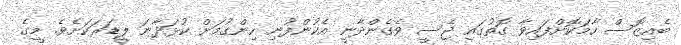
ބެއިޒޮސް ހާމަކޮށްފައިވާ ގޮތުގައި ޖެސީ ވެގެންދާނީ އެކުންފުނި ހިންގުމަށް ކުޅަދާނަ ލީޑަރަކަށެވެ. މީގެ